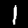
Digit: 1